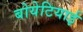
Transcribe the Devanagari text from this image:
बोयेटियाई